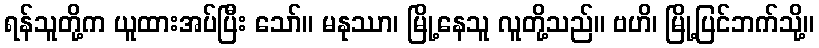
ရန်သူတို့က ယူထားအပ်ပြီး သော်။ မနုဿာ၊ မြို့နေသူ လူတို့သည်။ ဗဟိ၊ မြို့ပြင်ဘက်သို့။